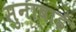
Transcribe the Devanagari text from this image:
सुनाबाई